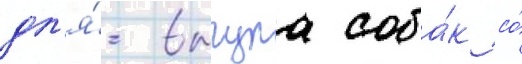
дл'я́ выгула соба́к со́